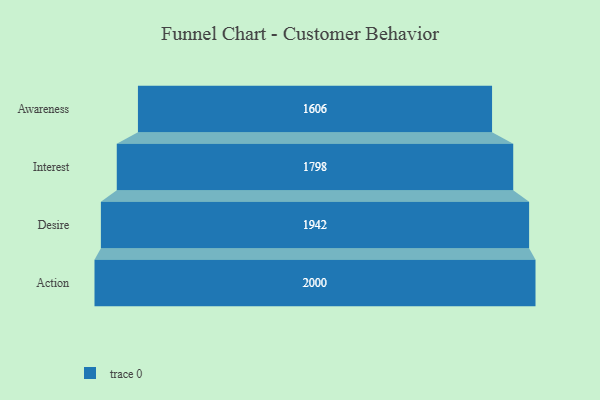
{"axis": {"x": "Stage", "y": "Value"}, "legend": [""], "data": [{"x": "Awareness", "y": 1606.0, "type": ""}, {"x": "Interest", "y": 1798.0, "type": ""}, {"x": "Desire", "y": 1942.0, "type": ""}, {"x": "Action", "y": 2000, "type": ""}]}